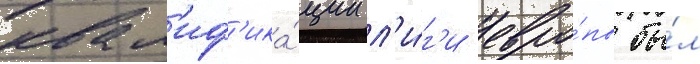
квал'иф'ика́ции л'и́г'и евро́пы бы́л